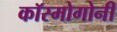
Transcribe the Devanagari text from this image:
कॉस्मोगोनी